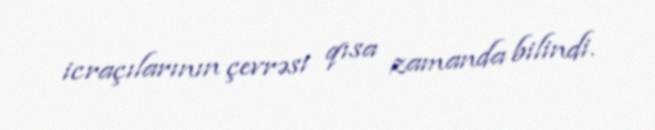
icraçılarının çevrəsi qısa zamanda bilindi.